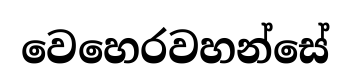
වෙහෙරවහන්සේ